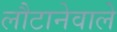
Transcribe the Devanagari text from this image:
लौटानेवाले